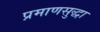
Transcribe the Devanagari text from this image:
प्रमाणसुद्धा